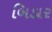
બિડાર